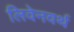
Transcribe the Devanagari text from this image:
लिवेनवर्थ